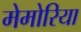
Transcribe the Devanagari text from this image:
मेमोरिया